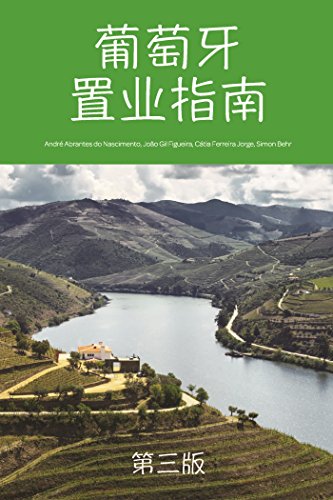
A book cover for Portuguese Property Guide - 3rd Edition Chinese (Chinese Edition); AndrÃ© Abrantes do Nascimento; Business & Money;